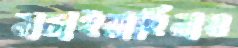
নাচাইয়াছিলাম